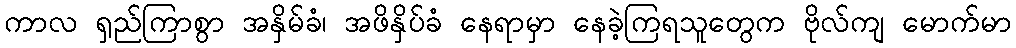
ကာလ ရှည်ကြာစွာ အနှိမ်ခံ၊ အဖိနှိပ်ခံ နေရာမှာ နေခဲ့ကြရသူတွေက ဗိုလ်ကျ မောက်မာ